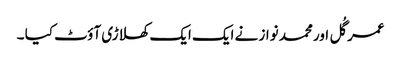
عمر گُل اور محمد نواز نے ایک ایک کھلاڑی آؤٹ کیا ۔